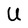
Character: U